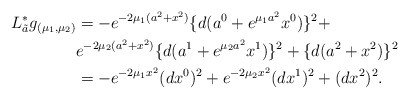
\begin{align*} L_{\tilde{a}}^{\ast}g_{(\mu_1,\mu_2)}&=-e^{-2\mu_1(a^2+x^2)}\{d(a^0+e^{\mu_1a^2}x^0)\}^2+\\ &e^{-2\mu_2(a^2+x^2)}\{d(a^1+e^{\mu_2a^2}x^1)\}^2+\{d(a^2+x^2)\}^2\\ &=-e^{-2\mu_1x^2}(dx^0)^2+e^{-2\mu_2x^2}(dx^1)^2+(dx^2)^2.\end{align*}